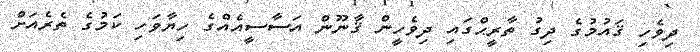
ދިވެހި ޤައުމުގެ ދިގު ތާރީޙްގައި ދިވެހީން ޤާނޫން އަސާސީއެއްގެ ހިޔާވަހި ކަމުގެ ތެރެއަށް